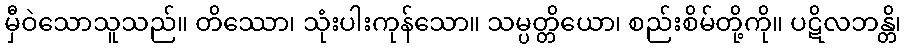
မှီဝဲသောသူသည်။ တိဿော၊ သုံးပါးကုန်သော။ သမ္ပတ္တိယော၊ စည်းစိမ်တို့ကို။ ပဋိလဘန္တိ၊